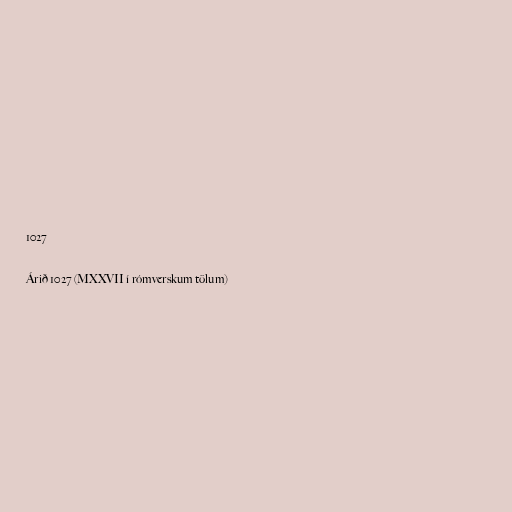
1027

Árið 1027 (MXXVII í rómverskum tölum)